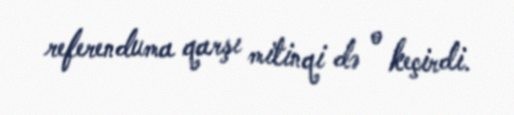
referenduma qarşı mitinqi də o keçirdi.